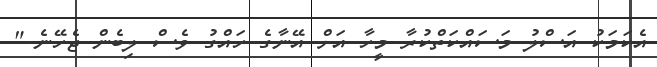
އެކަމަކު އަސްލު މަސައްކަތްކުރާ މީހާ އަށް އޭނާގެ ހައްގު ވެސް ލިބެން ޖެހޭނެ."